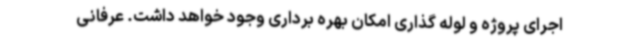
اجرای پروژه و لوله گذاری امکان بهره برداری وجود خواهد داشت. عرفانی